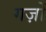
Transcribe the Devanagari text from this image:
गज़ों